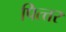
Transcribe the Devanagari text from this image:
पित्त्तर